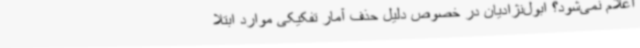
اعلام نمی‌شود؟ ابول‌نژادیان در خصوص دلیل حذف آمار تفکیکی موارد ابتلا